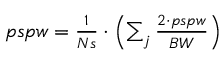
\begin{array} { r } { p s p w = \frac { 1 } { N s } \cdot \left( \sum _ { j } \frac { 2 \cdot p s p w } { B W } \right) } \end{array}